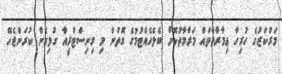
މަރުކަޒުގެ ހުރިހާ ޢިމާރާތްތައް މަރާމާތުކޮށް ބެލެހެއްޓުމުގެ ގޮތުން މި މިނިސްޓްރީއާ ގުޅިގެން ކުރަންޖެހޭ